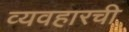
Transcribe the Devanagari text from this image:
व्यवहारची